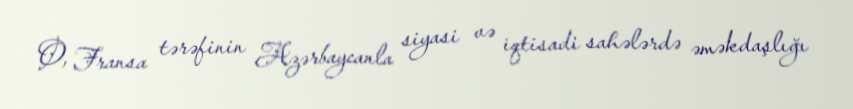
O, Fransa tərəfinin Azərbaycanla siyasi və iqtisadi sahələrdə əməkdaşlığı